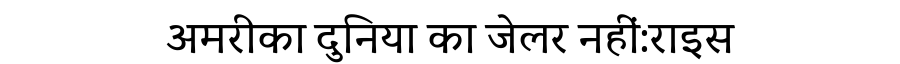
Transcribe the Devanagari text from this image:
अमरीका दुनिया का जेलर नहीं:राइस